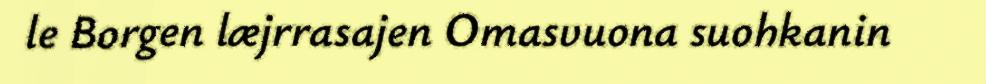
le Borgen læjrrasajen Omasvuona suohkanin